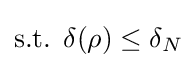
{\text{s.t. }}\delta (\rho )\leq \delta _{N}